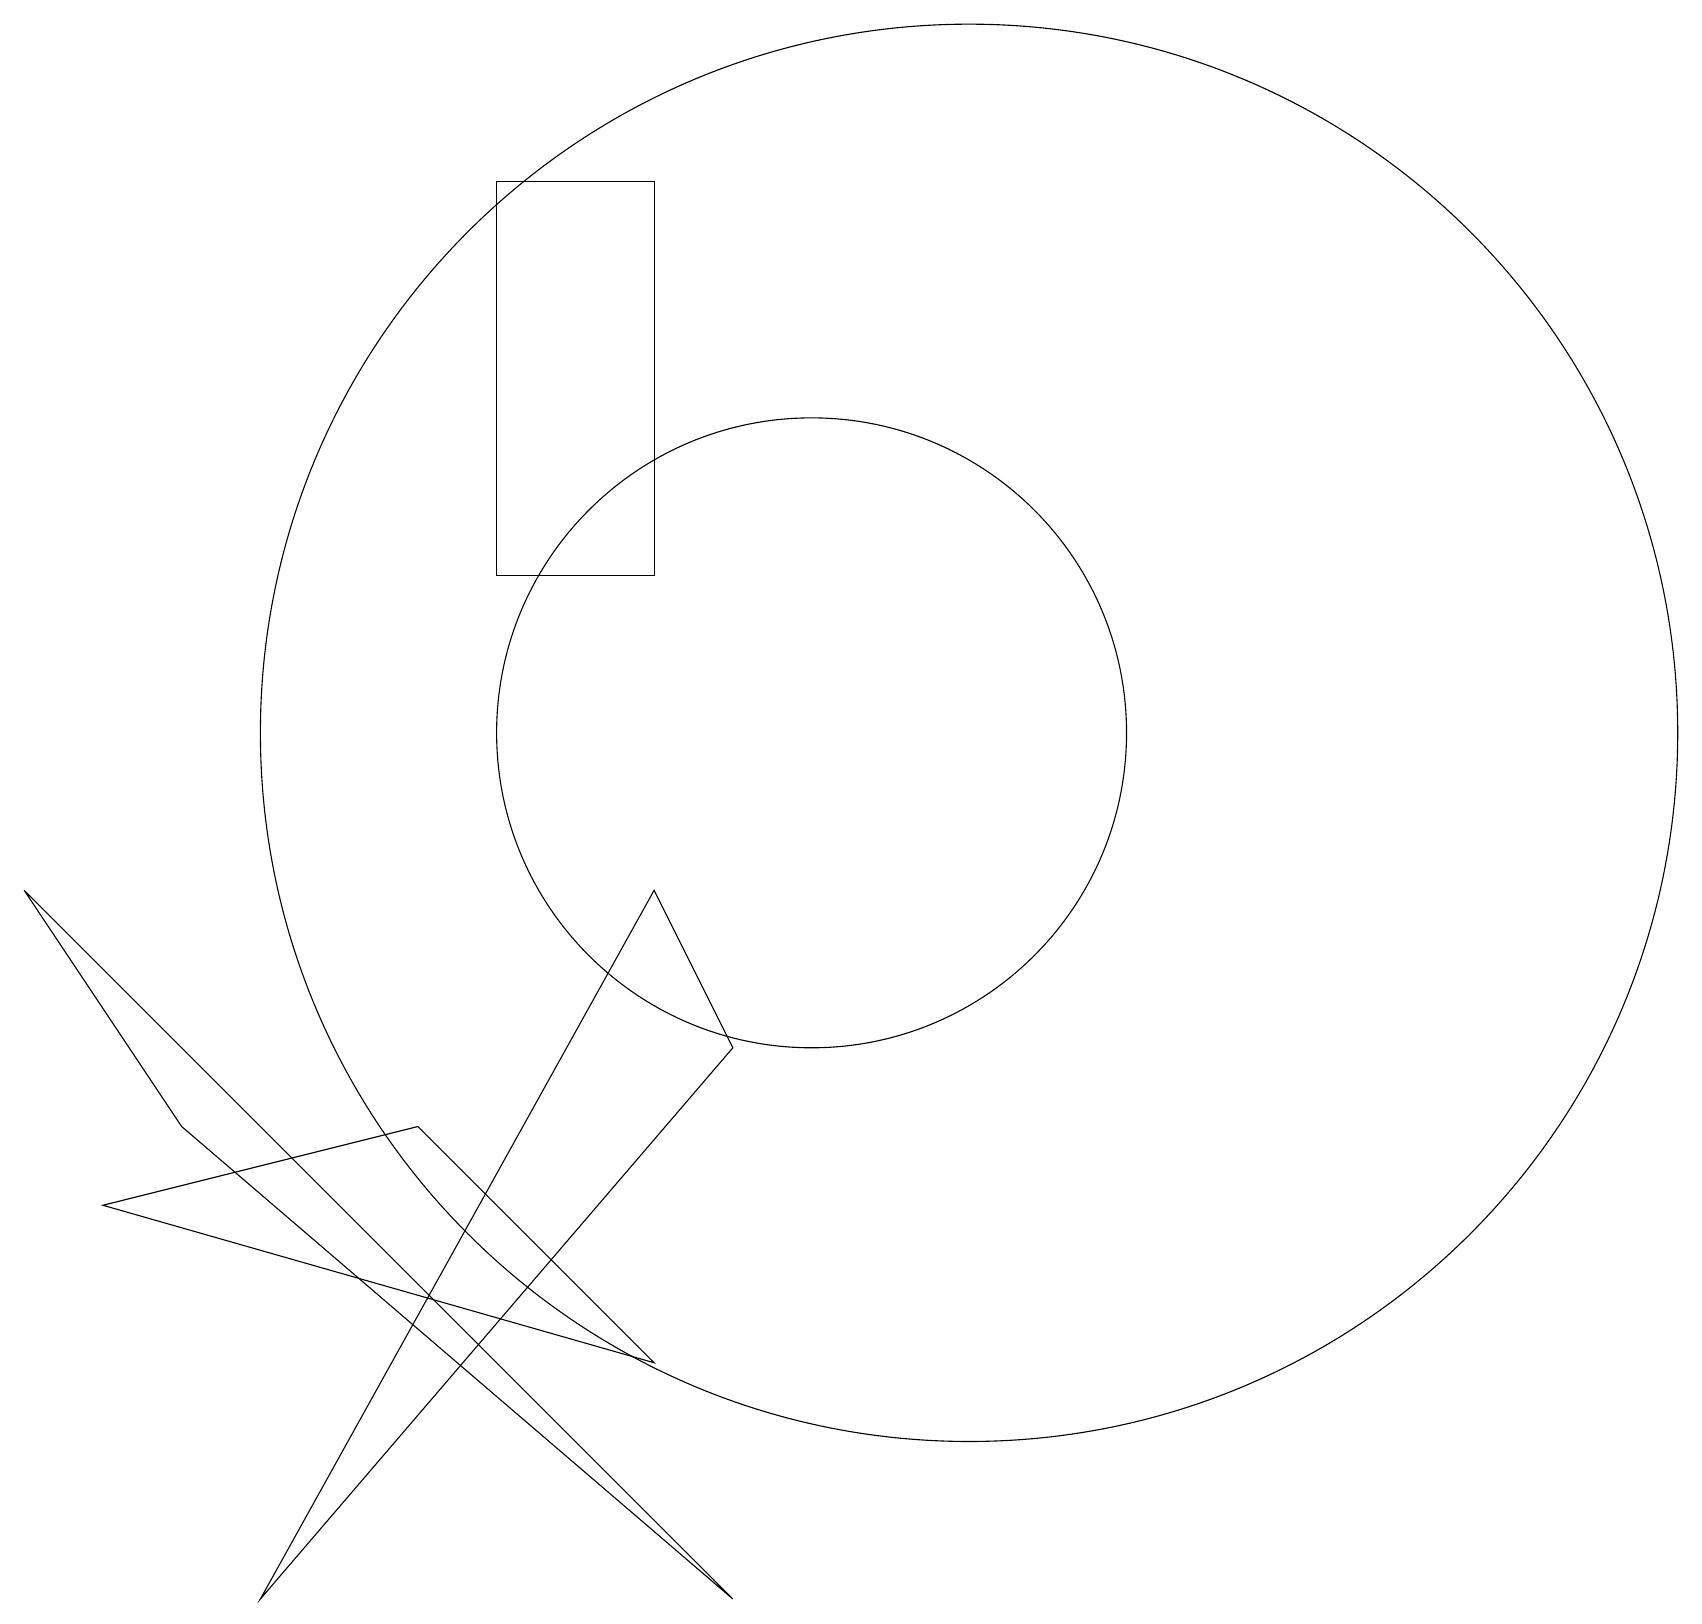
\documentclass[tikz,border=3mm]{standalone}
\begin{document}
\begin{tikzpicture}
\draw (12,11) circle (9);
\draw (10,11) circle (4);
\draw (5,6) -- (1,5) -- (8,3) -- cycle;
\draw (9,0) -- (2,6) -- (0,9) -- cycle;
\draw (8,9) -- (3,0) -- (9,7) -- cycle;
\draw (8,18) rectangle (6,13);
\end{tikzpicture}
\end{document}